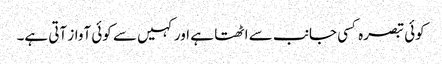
کوئی تبصرہ کسی جانب سے اٹھتا ہے اور کہیں سے کوئی آواز آتی ہے۔